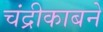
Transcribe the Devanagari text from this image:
चंद्रीकाबने